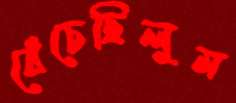
বেঁচেছিলুম